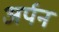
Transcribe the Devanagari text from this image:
अर्पन